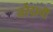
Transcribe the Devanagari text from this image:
नरेंद्राची